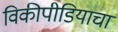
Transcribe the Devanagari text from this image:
विकीपीडियाचा